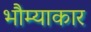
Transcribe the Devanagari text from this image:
भौम्याकार